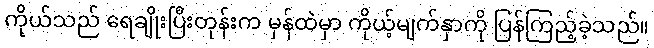
ကိုယ်သည် ရေချိုးပြီးတုန်းက မှန်ထဲမှာ ကိုယ့်မျက်နှာကို ပြန်ကြည့်ခဲ့သည်။